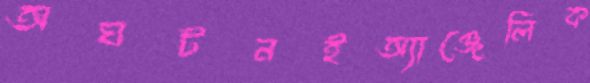
অঘটনইঅ্যাঞ্জেলিক